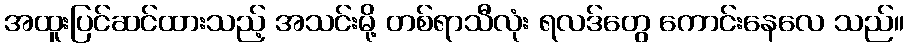
အထူးပြင်ဆင်ထားသည့် အသင်းမို့ တစ်ရာသီလုံး ရလဒ်တွေ ကောင်းနေလေ သည်။